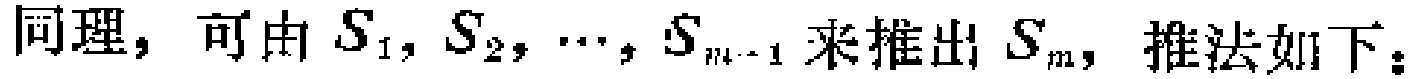
同理，可由\(S_{1},S_{2},\cdots,S_{m - 1}\)来推出\(S_{m}\)，推法如下：